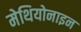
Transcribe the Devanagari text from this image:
मेथियोनाइन